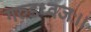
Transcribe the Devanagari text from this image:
गरुडध्वजः।।